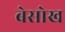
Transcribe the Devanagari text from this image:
बेसोख